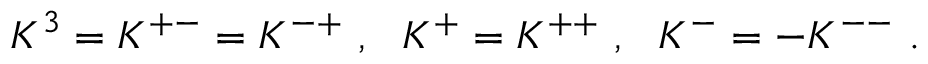
K ^ { 3 } = K ^ { + - } = K ^ { - + } ~ , ~ ~ K ^ { + } = K ^ { + + } ~ , ~ ~ K ^ { - } = - K ^ { -- } ~ .